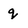
Character: q